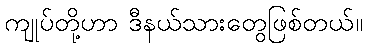
ကျုပ်တို့ဟာ ဒီနယ်သားတွေဖြစ်တယ်။